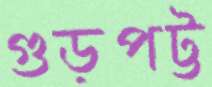
গুড়পট্ট